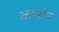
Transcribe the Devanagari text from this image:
सल्मोन